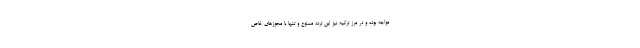
مواجه بوده و در مرز ترکیه نیز این تردد ممنوع و تنها با مجوزهای خاص